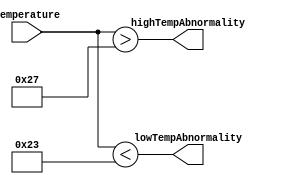
`timescale 1 ns/1 ns
module temperatureAnalyzer(
 temperature,
 lowTempAbnormality , highTempAbnormality);
input [7:0] temperature;
output lowTempAbnormality;
output highTempAbnormality;
 assign lowTempAbnormality = (temperature < 35);
 assign highTempAbnormality = (temperature > 39);
endmodule